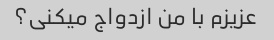
عزیزم با من ازدواج میکنی؟